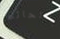
بالحائط